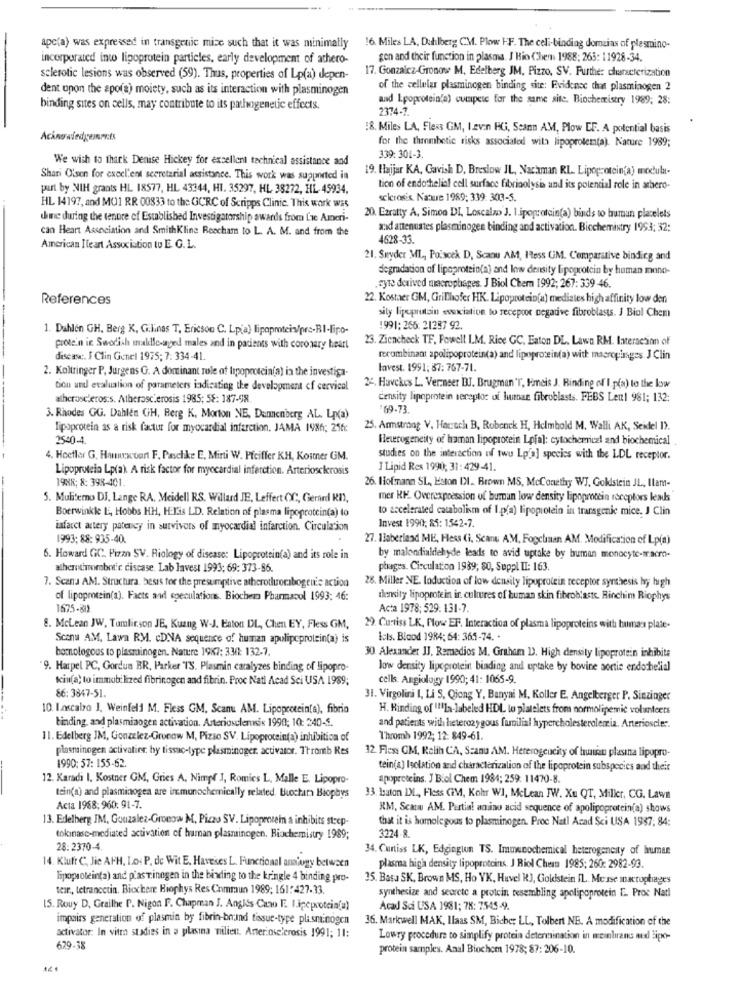
apc(a) was expressed in transgenic mize such that it was minimally !6. Miles LA, Dahlberg CM. Plow FF. The celi-binding domzias of plasmino-
incorporated into lipoprotein particles, early development of athero-
gen and their function in plasma. J Bio Chemi 1988; 263: 11928-34.
17. Gonzaicz-Gronow M, Edelberg JM, Pizzo. SV. Further characterization
sclerotic lesions was observed (59). Thus, properties of Lp(a) depen-
dent upon the spora) moiety, such as its interaction with plasminogen
of the cellular plasminogen binding site: Evidence that plasminogen 2
and Ipoprotein(a) compete for the same site. Biochemistry 1989; 28:
binding sites on cells, may contribute to its pathogenetic effects.
2374-7.
:8. Miles LA, Fless GM, I.evin HG, Scann AM, Plow EF. A potential basis
Acknowledgements
for the thrombotic risks associated with lipoprotem(a). Nature 1989;
We wish to thark Denise Hickey for excellent technical assistance and
339: 301-3.
19. Hajjar KA, Gavish D, Breslow JL, Nachman RL. Lipoprotein(a) modula-
Shari Olsen for execl'ent secretarial assistance. This work was supported in
put by NIH grants HL 18577, HL 43344, H1. 35297, HL 38272, HL. 45934,
tion of endothelial cell surface fibrinolysi and its potential role in atbero-
sclerosis Nature 1989: 339: 303-5.
HL 14197, and MO1 RR 00833 to the GCRC of Scripps Clinic. This work was
chine during the tenure of Established Investigatorship awards from Lae Ameri-
20. Ezratty A, Simon DI, Loscalzo J. I.ipoprotein(a) binds to human platelets
can Heart Association and SmithKline Reecham to L. A. M. and from the
and attenuates plasminogen binding and activation. Biochemistry 1993; 32;
4628-33.
American Iteart Association tu E. G. L.
21. Snyder ML, Poiscek D, Scanu AM, Pess UM. Comparative binding and
degradation of lipoprotein(a) and low density lipoprotein by human mono-
,syte derived macrophages. J Biol Chem 1992; 267: 339 -46.
References
22. Kostaer GM, Grilhofer HK. Lipoprotein(a) mediates high affinity low den
sity lipeprutsin ssexciation to receptor negative fibroblasts. J Bial Chem
1. Dahlen GH, Berg K, Galinas T, Ericson C. Lpia) lipoproteins/pro-BI-lipo-
1991: 266: 21287 92.
23. Ziencheck TF. Fowell L.M. Rice GC. Eaton DL. Lawn RM. Interaction of
protein in Swedish malle-aged males and in patients with coronary heart
disease :. I Clin Genel 1975; 7: 334-41.
recombinant apolipoprotein(a) and lipoprotein(a) with macroginges J Clin
2. Koltringer P, Jurgens G. A dominant role of lipoprotein(a) in the investiga-
lavest. 1991; 87: 767-71.
tion and evaluation of parameters indicating the development of cervical
24. Havekes L. Verneer BJ. Brugman 'T, Imeis J. Binding of I. p(a) to the low
atherosclerosis. Atherosclerosis 1985; 58: 187-98
density lipoprotein receptor of lunar fibroblasts. FEBS Len1 981; 132:
169-73.
3. Rhodes GG. Dahlen GH, Berg K. Morton NE, Dannenberg AL. Lp(a)
lipoprotein as a risk factur for myocardial infarction. JAMA 1986; 256:
25. Armstrong V, Harrach B, Robenck H, Helmhold M. Walli AK, Seidel I).
2540-4.
Heterogeneity of haman lipoprotein Lpial: cytochemical and biochemical .
4. Hoefler G. Hamurxton F. Paschke E, Mirti W. Pfeiffer KH, Kostner GM.
studies on the interaction of two Lp'a] species with the LDL receptor.
Lipoprotein Lprak A risk factor for myocardial infarction. Arteriosclerosis
I Lipid Res 1990, 31: 429-41.
1988; 8: 398-401.
26. Hofmann SL, Eston INI. Brown MS, McConethy WJ, Gokistein JL, Ilam-
5. Muliterno DJ, Lange RA. Meidell RS. Willard JE, Leffert OC, Gerard KI),
mer RF. Overexpression of burman low density lipoprotein receptors leads
to accelerated catabolismof 1.p(a) lipoprotein in transgenic mice. J Clin
Boerwinkle L, Hobbs HH, HELis LD. Relation of plasma lipoprotein(a) to
infarct artery potency in survivors of myocardial infarction. Circulacion
Invest 1990, 85: 1542-7.
1993; 88: 935-40.
27. 1laberland ME, Hess (i, Scanu A.M. Fogchinan AM. Modification of Lp(a)
6. Howard GC, Pizza SV. Riology of disease: Lipoprotein(a) and its role in
by malondialdehyde leads to avid uptake by human monocyte-tracm.
atherotirorobotic disease. Lab lavest 1993; 69: 373-86.
phages. Circulation 1989, 80, Suppl II: 163.
7. Scana AM. Structura, besis for the presumptive atherothurecibogenic action
28. Miller NE. Induction of low density lipoprotein receptor synthesis hy high
of lipoprotein(a). Facts and speculations. Biocher Pharmacol 1993: 46:
density lipoprotein in cultures of human skin fibroblaste. Rinchim Riophys
1675-81)
Acta 1978; 529. 131-7
8. McLean JW, Tomlinson JE, Kuang W-J. Eaton DL, Chen EY, Fless GM,
29. Curtiss LK, Flow EF. Interaction of plasma lipoproteins with human plate-
Scanu AM, Lava RM. cDNA sequence of human apulipcprotein(a) is
Luis. Blood 1984; 64: 365-74. .
homologous to plasminogen. Natre 19K7: 33: 132.7.
30. Alexander JJ. Remedios M. Graham D). High density lipoprotein inhibits
9. Harpel PC, Gordua BR. Parker TS. Plasmin caralyzes binding of lipopro-
low density lipoprotein binding and uptake by bovine sortie endothelial
kin(a) to immobi lized fibrinogen and fibrin. Proc Natl Acad Sci USA 1989;
cells. Angiology 1990; 41: 1065-9.
86: 3847-51.
31. Virgolini I, Li S, Qjong Y, Banyai M. Koller E, Angelberger P. Sinzinger
10. Loscalzo J. Weinfel M. Fless GM, Scan AM. Lipoprotein(a), fibrio
H. Binding of 111la-labeled HDL lo platelets from normolipemic volunteers
binding, and plasminogen activation. Arteriosclerosis 1990; 10: 240-6.
and patients with heterozygous familial hypercholesterolemia. Arterioscler.
11. Edelberg JM, Gonzalez-Grunow M, Pizio SV. Lipoprotein(a) inhibition of
Thromb 1992; 12: 849-61.
plasminogen activatier by tissuc-type plasminoger. activator. T'tromb Res
32. Fles: GM, Relih CA, Scanu AM. Heterogencity of hunnen plastna lipopro-
1990: 57: 155-62.
tein(a) Isolation and characterization of the lipoprotein subspecies and their
12. Karadi I, Kostner GM, Gries A. Nimpf J, Romics L, Malle E. Lipopro-
apoproteins. J Biol Chem 1984; 259. 11470-8
tein(a) and plasminogea are inmunochemically related. Buchar Biophys
33. 1auton IML ., Fless CIM, Kohr WI, McLean JW. Xu QT, Miller, CG. Lawet
Acta 1968: 960: 91-7.
KM, Scan AM. Partial amino acid sequence of apolipoprotein(a) shows
13. Edelberg IM, Gonzalez-Gronow M, Pizzo SV. Lipopeevein a inhibits strep-
that it is homologous to plasminogen. Proc Natl Acad Sci USA 1947, 84:
3224-8.
tokinase-mediated activation of human plasminogen. Biochemistry 1989;
28:2370-4.
34. Curtiss LK, Edginglen TS. Immunochemical heterogeneity of human
14. Kluft C, Jie AFH, Lo: P. de Wit E, Haveses L. Functional analogy between
plasma high density lipoproteins. J Riol Chess 1985; 260: 2982-93.
lipoprotein(a) and p'astinegen in the binding to the kringle 4 binding pro-
35. Basa SK. Brown MS, Ho YK, Havel KJ, Goldstein IL. Messe macrophages
teir ., tetrancetin. Bicchere Biophys Res Commun 1989; 161:427-33.
synthesize and secrete a protein resembling apolipoprotein E. Proc Natl
15. Rouy D, Grailhe P. Nigon F. Chapman J. Anglis Cano F. Lineprotein(a)
Acad Sci USA 1981; 78: 7545-9.
impairs generation of plasmin by fibrin-bound tissue-type plasminogen
36. Markwell MAK, Ilaas SM, Bicbe: LL, Tolbert NE. A modification of the
activator: In vitro studies in a plasina nilien. Arteriosclerosis 1991; 11:
Lowry procedure to simplify protein determination in meanbrans and Sipo-
629-38
protein samples. Anal Biochem 1978; 87: 206-10.